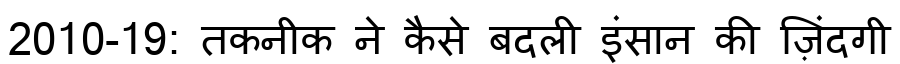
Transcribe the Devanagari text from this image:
2010-19: तकनीक ने कैसे बदली इंसान की ज़िंदगी